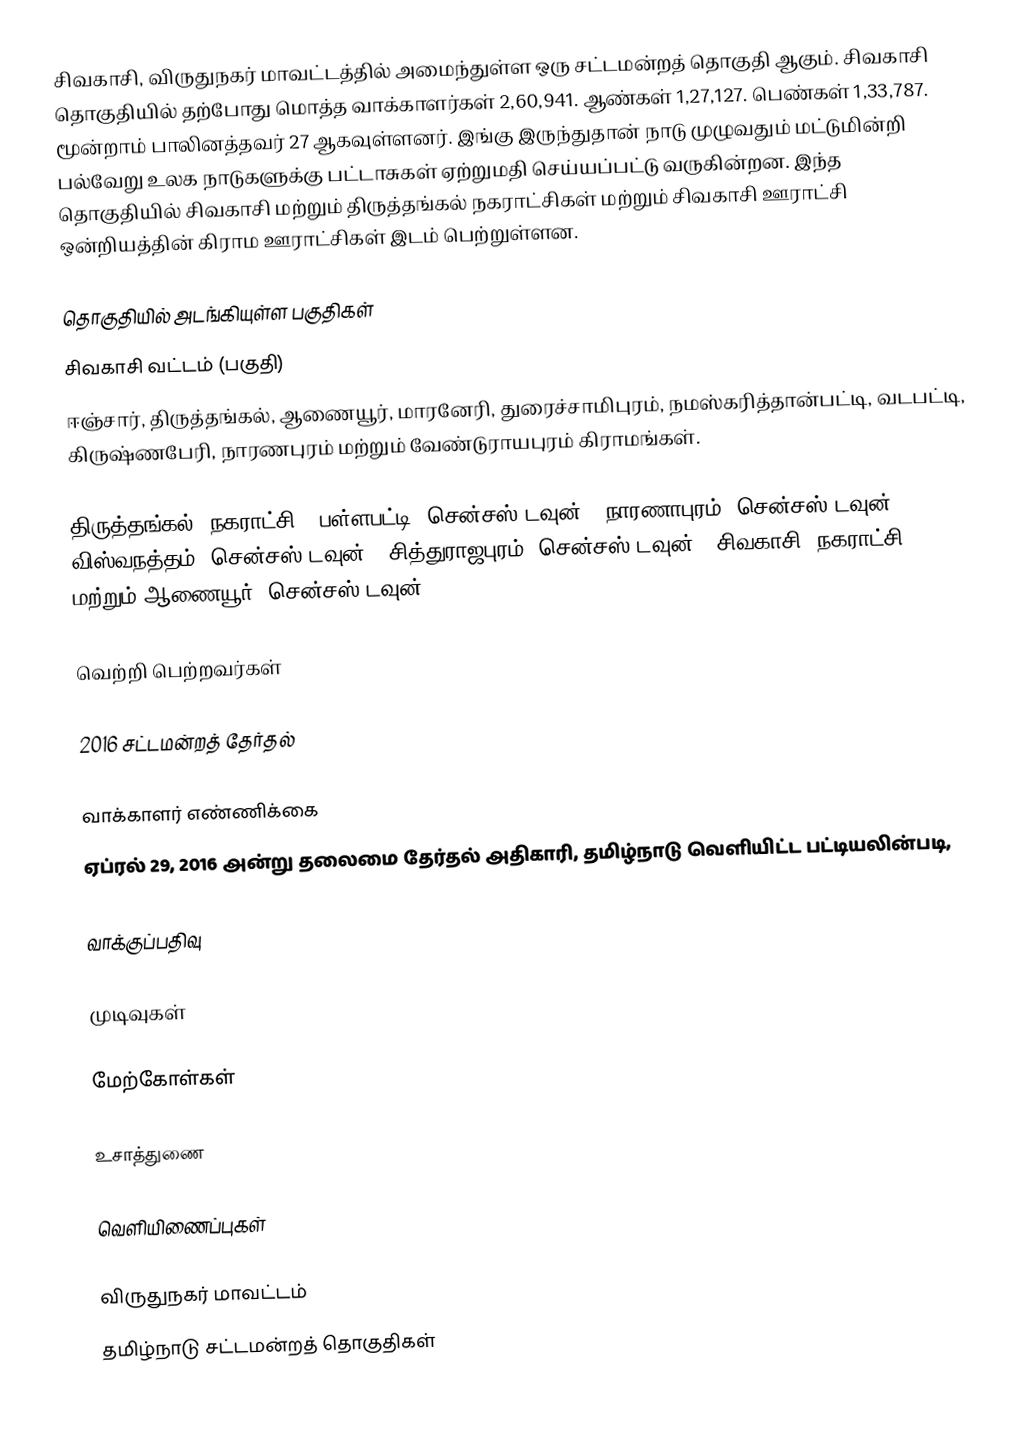
சிவகாசி, விருதுநகர் மாவட்டத்தில் அமைந்துள்ள ஒரு சட்டமன்றத் தொகுதி ஆகும். சிவகாசி தொகுதியில் தற்போது மொத்த வாக்காளர்கள் 2,60,941. ஆண்கள் 1,27,127. பெண்கள் 1,33,787. மூன்றாம் பாலினத்தவர் 27 ஆகவுள்ளனர். இங்கு இருந்துதான் நாடு முழுவதும் மட்டுமின்றி பல்வேறு உலக நாடுகளுக்கு பட்டாசுகள் ஏற்றுமதி செய்யப்பட்டு வருகின்றன. இந்த தொகுதியில் சிவகாசி மற்றும் திருத்தங்கல் நகராட்சிகள் மற்றும்  சிவகாசி ஊராட்சி ஒன்றியத்தின் கிராம ஊராட்சிகள் இடம் பெற்றுள்ளன.

தொகுதியில் அடங்கியுள்ள பகுதிகள்
சிவகாசி வட்டம் (பகுதி)
ஈஞ்சார், திருத்தங்கல், ஆணையூர், மாரனேரி, துரைச்சாமிபுரம், நமஸ்கரித்தான்பட்டி, வடபட்டி, கிருஷ்ணபேரி, நாரணபுரம் மற்றும் வேண்டுராயபுரம் கிராமங்கள்.

திருத்தங்கல் (நகராட்சி), பள்ளபட்டி (சென்சஸ் டவுன்), நாரணாபுரம் (சென்சஸ் டவுன்), விஸ்வநத்தம் (சென்சஸ் டவுன்), சித்துராஜபுரம் (சென்சஸ் டவுன்), சிவகாசி (நகராட்சி) மற்றும் ஆணையூர் (சென்சஸ் டவுன்).

வெற்றி பெற்றவர்கள்

2016 சட்டமன்றத் தேர்தல்

வாக்காளர் எண்ணிக்கை
ஏப்ரல் 29, 2016 அன்று தலைமை தேர்தல் அதிகாரி, தமிழ்நாடு வெளியிட்ட பட்டியலின்படி,

வாக்குப்பதிவு

முடிவுகள்

மேற்கோள்கள்

உசாத்துணை

வெளியிணைப்புகள்

விருதுநகர் மாவட்டம்
தமிழ்நாடு சட்டமன்றத் தொகுதிகள்